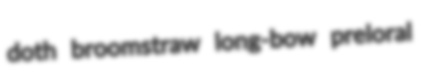
doth broomstraw long-bow preloral